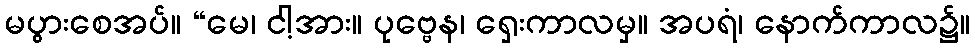
မပွားစေအပ်။ “မေ၊ ငါ့အား။ ပုဗ္ဗေန၊ ရှေးကာလမှ။ အပရံ၊ နောက်ကာလ၌။